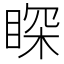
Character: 𮵈